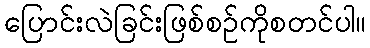
ပြောင်းလဲခြင်းဖြစ်စဉ်ကိုစတင်ပါ။